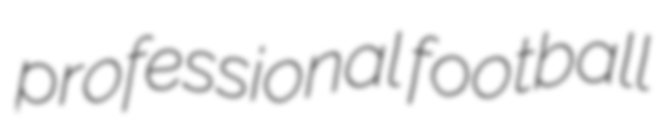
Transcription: professional football